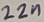
Text: 22n